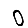
Digit: 0